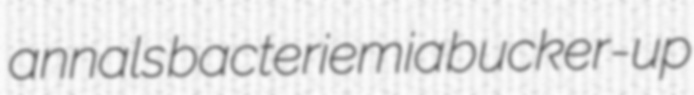
annals bacteriemia bucker-up